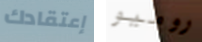
إعتقادك روميو